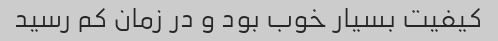
کیفیت بسیار خوب بود و در زمان کم رسید